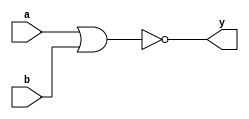
module norgate(a,b,y);
input a,b;
output y;

assign y=a~|b;
initial begin
$monitor ("Hello World");
end
endmodule